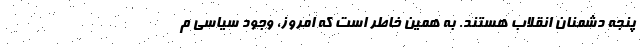
پنجه دشمنان انقلاب هستند. به همین خاطر است که امروز، وجود سیاسی م